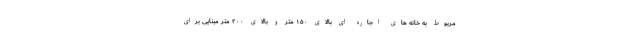
مربوط به خانه های اجاره ای بالای ۱۵۰ متر و بالای ۲۰۰ متر مبنایی برای